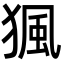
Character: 猦